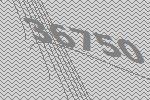
36750